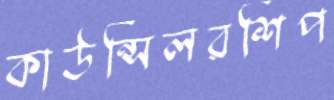
কাউন্সিলরশিপ